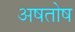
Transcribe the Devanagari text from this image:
अषतोष